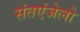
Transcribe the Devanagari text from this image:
संतएंजेलो